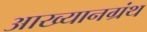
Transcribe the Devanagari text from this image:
आख्यानग्रंथ